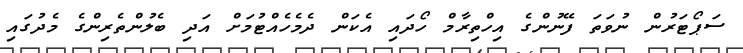
ސަޕޯޓަރުން ނުވަތަ ފޭނުންގެ އިހްތިރާމް ހޯދައި އެކަން ދެމެހެއްޓުމަށް އަދި ބެލުންތެރިންގެ މެދުގައި